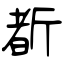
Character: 斱